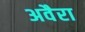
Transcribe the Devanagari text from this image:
अवैरा